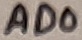
Text: AD0